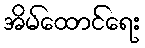
အိမ်ထောင်ရေး